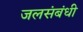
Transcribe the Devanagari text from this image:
जलसंबंधी